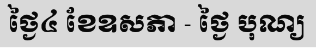
ថ្ងៃ៤ ខែឧសភា - ថ្ងៃ បុណ្យ